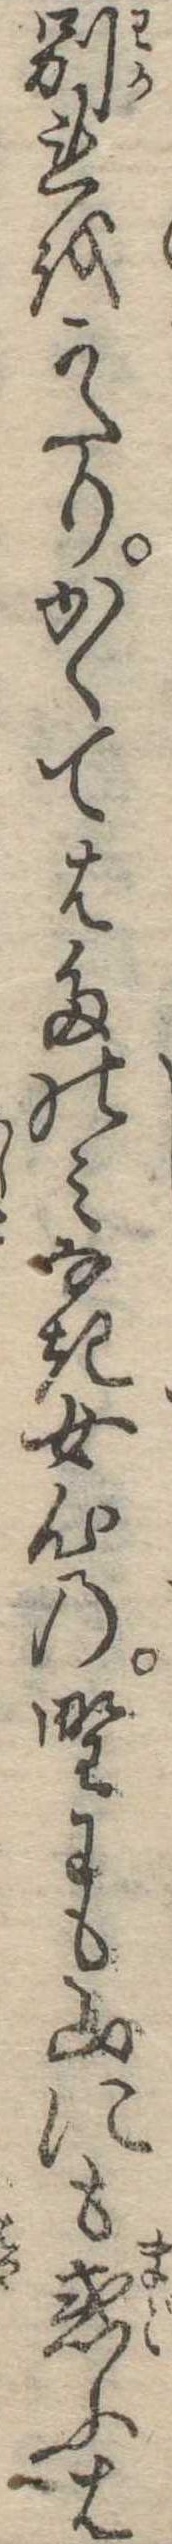
別れをかたりかくてはたのみなき女心の野にも山にも惑ふば